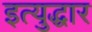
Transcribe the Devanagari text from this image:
इत्युद्धार